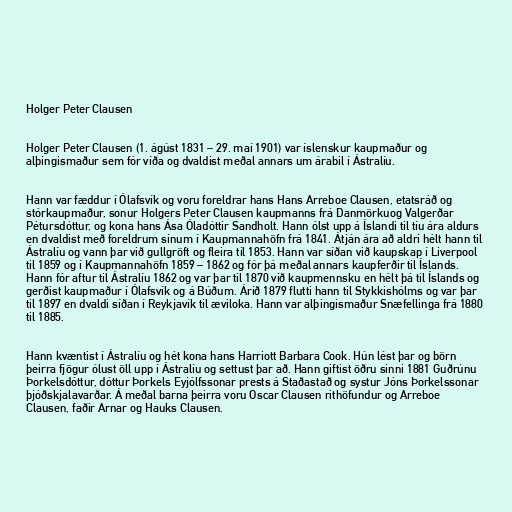
Holger Peter Clausen

Holger Peter Clausen (1. ágúst 1831 – 29. maí 1901) var íslenskur kaupmaður og
alþingismaður sem fór víða og dvaldist meðal annars um árabil í Ástralíu.

Hann var fæddur í Ólafsvík og voru foreldrar hans Hans Arreboe Clausen, etatsráð og
stórkaupmaður, sonur Holgers Peter Clausen kaupmanns frá Danmörkuog Valgerðar
Pétursdóttur, og kona hans Ása Óladóttir Sandholt. Hann ólst upp á Íslandi til tíu ára aldurs
en dvaldist með foreldrum sínum í Kaupmannahöfn frá 1841. Átján ára að aldri hélt hann til
Ástralíu og vann þar við gullgröft og fleira til 1853. Hann var síðan við kaupskap í Liverpool
til 1859 og í Kaupmannahöfn 1859 – 1862 og fór þá meðal annars kaupferðir til Íslands.
Hann fór aftur til Ástralíu 1862 og var þar til 1870 við kaupmennsku en hélt þá til Íslands og
gerðist kaupmaður í Ólafsvík og á Búðum. Árið 1879 flutti hann til Stykkishólms og var þar
til 1897 en dvaldi síðan í Reykjavík til æviloka. Hann var alþingismaður Snæfellinga frá 1880
til 1885.

Hann kvæntist í Ástralíu og hét kona hans Harriott Barbara Cook. Hún lést þar og börn
þeirra fjögur ólust öll upp í Ástralíu og settust þar að. Hann giftist öðru sinni 1881 Guðrúnu
Þorkelsdóttur, dóttur Þorkels Eyjólfssonar prests á Staðastað og systur Jóns Þorkelssonar
þjóðskjalavarðar. Á meðal barna þeirra voru Oscar Clausen rithöfundur og Arreboe
Clausen, faðir Arnar og Hauks Clausen.